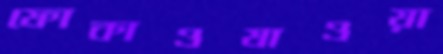
ফোকাওযাওয়া